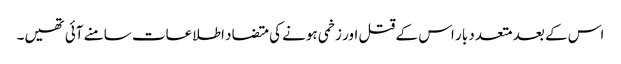
اس کے بعد متعدد بار اس کے قتل اور زخمی ہونے کی متضاد اطلاعات سامنے آئی تھیں۔